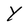
Character: Y